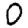
Digit: 0